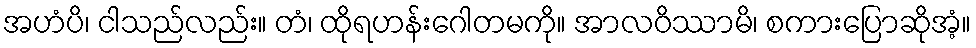
အဟံပိ၊ ငါသည်လည်း။ တံ၊ ထိုရဟန်းဂေါတမကို။ အာလဝိဿာမိ၊ စကားပြောဆိုအံ့။